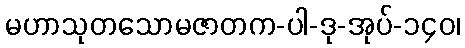
မဟာသုတသောမဇာတက-ပါ-ဒု-အုပ်-၁၄၀၊